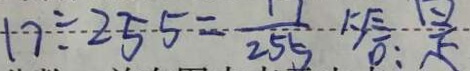
1 7 \div 2 5 5 = \frac { 1 1 } { 2 5 5 }